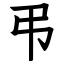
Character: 弔